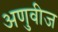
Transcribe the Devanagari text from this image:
अणुवीज